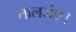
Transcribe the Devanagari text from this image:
तालजंघ।